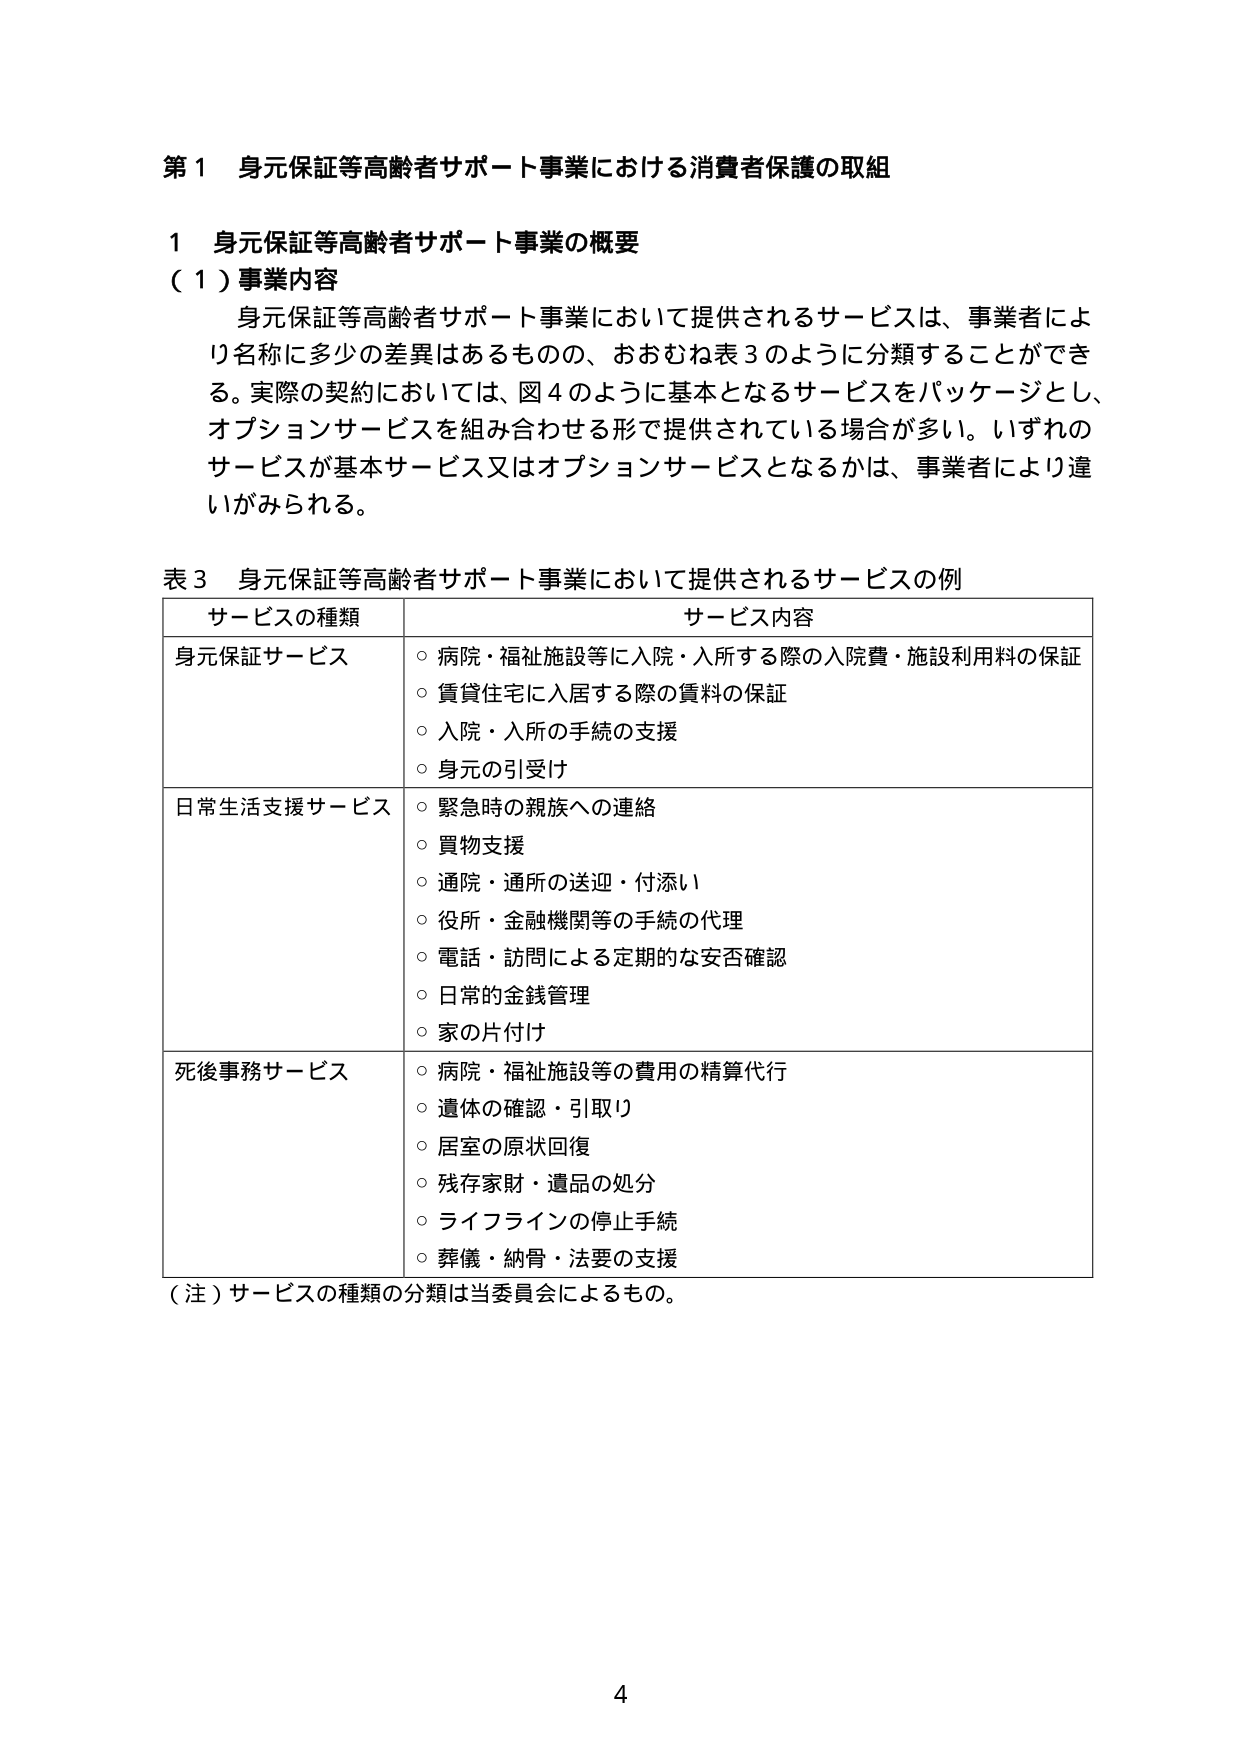
第１ 身元保証等高齢者サポート事業における消費者保護の取組

１ 身元保証等高齢者サポート事業の概要
（１）事業内容
　身元保証等高齢者サポート事業において提供されるサービスは、事業者により名称に多少の差異はあるものの、おおむね表３のように分類することができる。実際の契約においては、図４のように基本となるサービスをパッケージとし、オプションサービスを組み合わせる形で提供されている場合が多い。いずれのサービスが基本サービス又はオプションサービスとなるかは、事業者により違いがみられる。

表３ 身元保証等高齢者サポート事業において提供されるサービスの例
| サービスの種類 | サービス内容 |
|---|---|
| 身元保証サービス | ○ 病院・福祉施設等に入院・入所する際の入院費・施設利用料の保証<br>○ 賃貸住宅に入居する際の賃料の保証<br>○ 入院・入所の手続の支援<br>○ 身元の引受け |
| 日常生活支援サービス | ○ 緊急時の親族への連絡<br>○ 買物支援<br>○ 通院・通所の送迎・付添い<br>○ 役所・金融機関等の手続の代理<br>○ 電話・訪問による定期的な安否確認<br>○ 日常的金銭管理<br>○ 家の片付け |
| 死後事務サービス | ○ 病院・福祉施設等の費用の精算代行<br>○ 遺体の確認・引取り<br>○ 居室の原状回復<br>○ 残存家財・遺品の処分<br>○ ライフラインの停止手続<br>○ 葬儀・納骨・法要の支援 |

（注）サービスの種類の分類は当委員会によるもの。

4